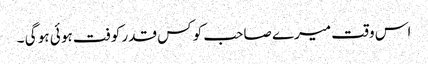
اس وقت میرے صاحب کو کس قدر کوفت ہو ئی ہو گی ۔